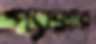
প্যাক্সার